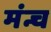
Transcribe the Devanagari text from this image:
मंन्च